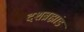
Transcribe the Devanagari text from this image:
दशब्रह्मांड